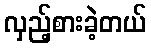
လှည့်စားခဲ့တယ်